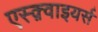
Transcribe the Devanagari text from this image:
एस्क़्वाइयर्स